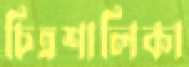
চিত্রশালিকা